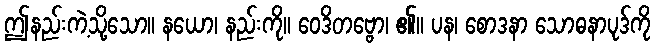
ဤနည်းကဲ့သို့သော။ နယော၊ နည်းကို။ ဝေဒိတဗ္ဗော၊ ၏။ ပန၊ စောဒနာ သောဓနာပုဒ်ကို